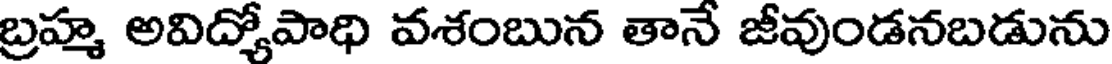
బ్రహ్మ అవిద్యోపాధి వశంబున తానే జీవుండనబడును